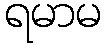
ရမာမ